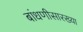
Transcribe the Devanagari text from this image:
बांधणीसारख्या